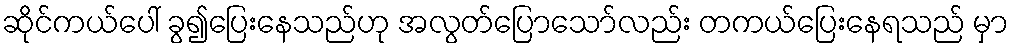
ဆိုင်ကယ်ပေါ် ခွ၍ပြေးနေသည်ဟု အလွတ်ပြောသော်လည်း တကယ်ပြေးနေရသည် မှာ